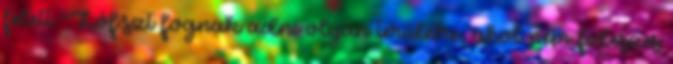
felett "Lóf.szt fognak adni olyan területre, ahol nem fideszes